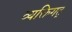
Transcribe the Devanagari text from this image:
व्यक्तिगत्